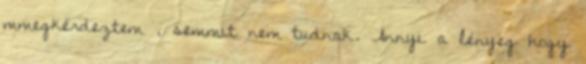
mmegkérdeztem , semmit nem tudnak. Annyi a lényeg hogy